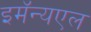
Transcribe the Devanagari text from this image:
इमॅन्यएल